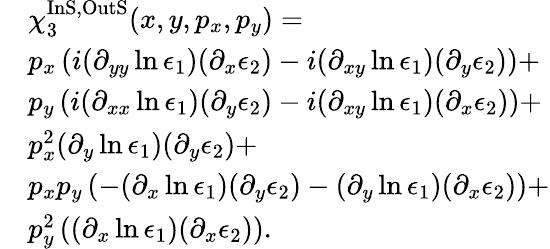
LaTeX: \begin{array}{rl}&{\chi_{3}^{\mathrm{InS,OutS}}(x,y,p_{x},p_{y})=}\\ &{p_{x}\left(i(\partial_{yy}\ln\epsilon_{1})(\partial_{x}\epsilon_{2})-i(\partial_{xy}\ln\epsilon_{1})(\partial_{y}\epsilon_{2})\right)+}\\ &{p_{y}\left(i(\partial_{xx}\ln\epsilon_{1})(\partial_{y}\epsilon_{2})-i(\partial_{xy}\ln\epsilon_{1})(\partial_{x}\epsilon_{2})\right)+}\\ &{p_{x}^{2}(\partial_{y}\ln\epsilon_{1})(\partial_{y}\epsilon_{2})+}\\ &{p_{x}p_{y}\left(-(\partial_{x}\ln\epsilon_{1})(\partial_{y}\epsilon_{2})-(\partial_{y}\ln\epsilon_{1})(\partial_{x}\epsilon_{2})\right)+}\\ &{p_{y}^{2}\left((\partial_{x}\ln\epsilon_{1})(\partial_{x}\epsilon_{2})\right).}\end{array}